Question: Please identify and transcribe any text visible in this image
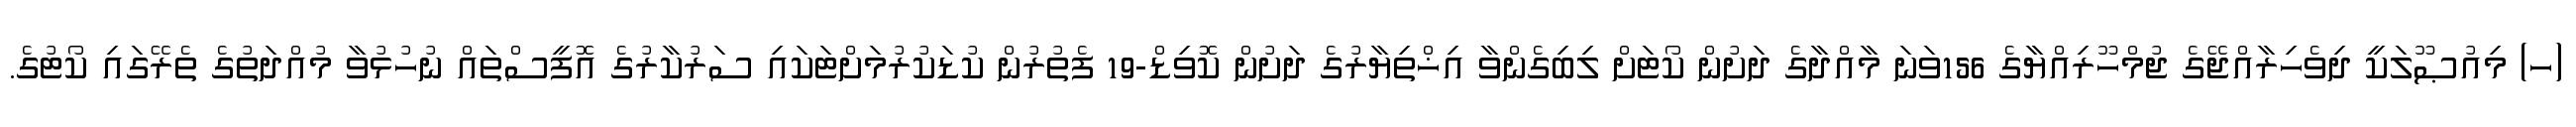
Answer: (ހ) މިއުޞޫލަކީ ދިވެހިރާއްޖޭގެ ޖުމްހޫރިއްޔާގެ 156ވަނަ މާއްދާގެ ދަށުން ކޯޓަށް ލިބިގެންވާ އިޚްތިޔާރުގެ ދަށުން ކޮވިޑް-19 ފެތުރުން ކުޑަކުރުމަށްޓަކައި ސަރުކާރުގެ އޮފީސްތައް ނުހުޅުވާ މުއްދަތުގެ ތެރޭގައި ކޯޓުގެ.